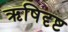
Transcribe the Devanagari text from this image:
ऋषिदृष्ट